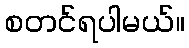
စတင်ရပါမယ်။